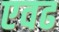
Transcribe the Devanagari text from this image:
एवढ